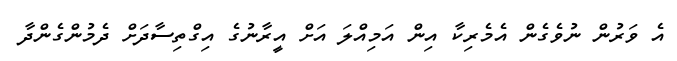
އެ ވަރުން ނުވެގެން އެމެރިކާ އިން އަމިއްލަ އަށް އީރާނުގެ އިގްތިސާދަށް ދެމުންގެންދާ